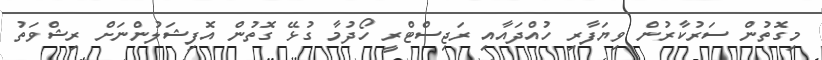
މިގޮތުން ސަރުކާރުން ވިޔަފާރި ހުއްދައާއި ރަޖިސްޓްރީ ހޯދުމާ ގުޅޭ ގޮތުން އޮފިޝަލުންނަށް ރިޝްވަތު